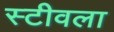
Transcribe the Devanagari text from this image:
स्टीवला